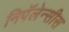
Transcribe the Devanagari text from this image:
निपॅलेन्सीस